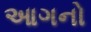
આગનો